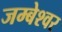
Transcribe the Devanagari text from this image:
जम्बेश्वर